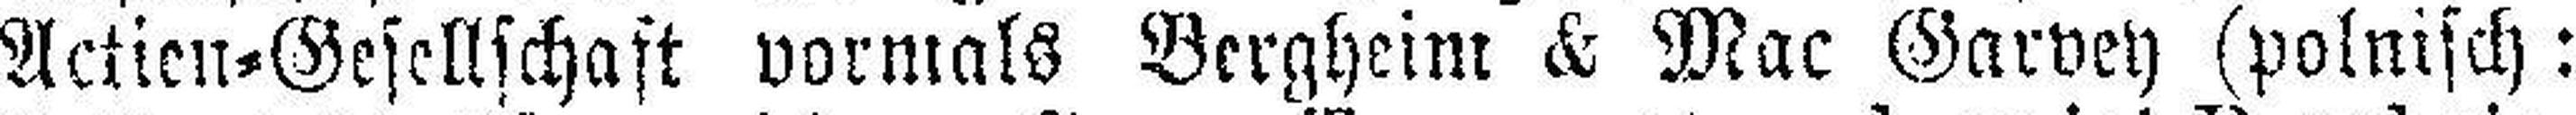
Actien=Gesellschaft vormals Bergheim & Mac Garvey (polnisch: